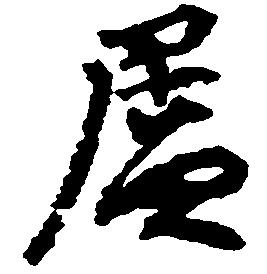
廬